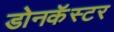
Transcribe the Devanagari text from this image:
डोनकॅस्टर